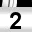
Digit: 2